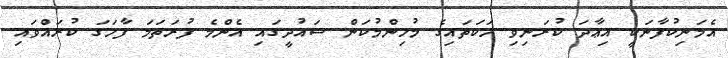
އެމަނިކުފާނަކީ އިޢާދަ ކުރަނިވި ހަކަތައިގެ މުހިންމުކަން ސައުދީގައި އެންމެ ފުރަތަމަ ފާހަގަ ކުރައްވައި